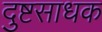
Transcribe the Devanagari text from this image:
दुष्टसाधक